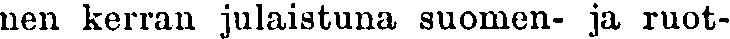
nen kerran julaistuna suomen- ja ruot-